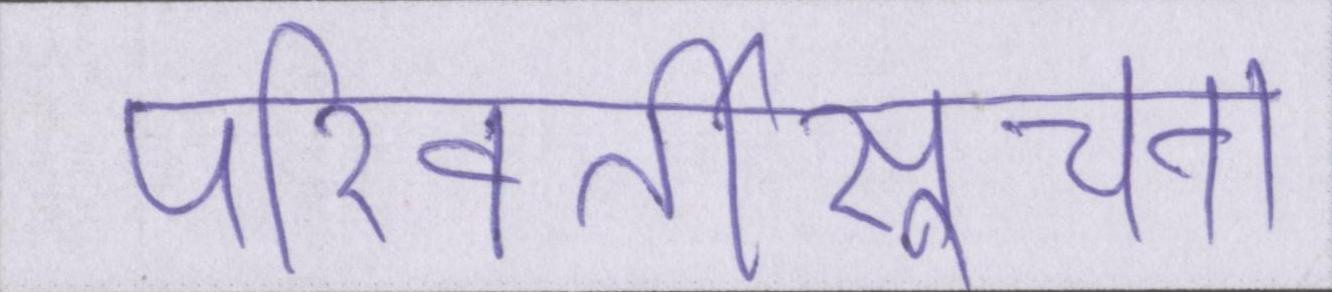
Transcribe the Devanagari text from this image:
परिवर्तीसूचना